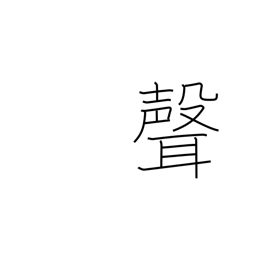
Meaning: tone